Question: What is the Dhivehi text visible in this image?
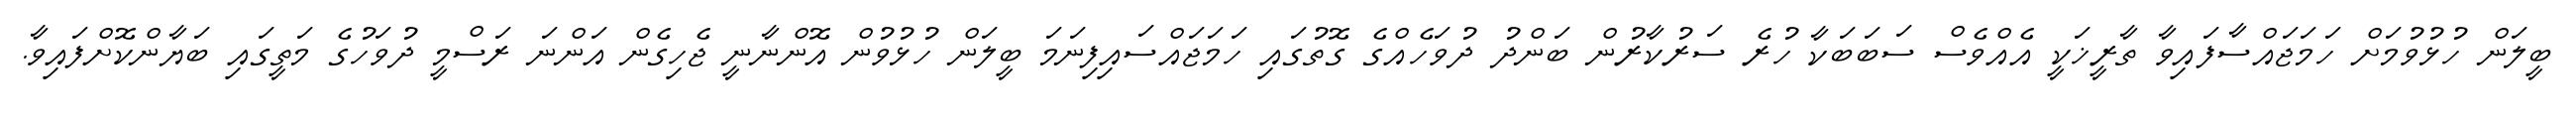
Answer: ބީލަން ހުޅުވުމަށް ހަމަޖައްސާފައިވާ ތާރީޚަކީ އެއްވެސް ސަބަބަކާ ހުރެ ސަރުކާރުން ބަންދު ދުވަހެއްގެ ގޮތުގައި ހަމަޖައްސައިފިނަމަ ބީލަން ހުޅުވުން އޮންނާނީ ޖެހިގެން އަންނަ ރަސްމީ ދުވަހުގެ މަތީގައި ބަޔާންކޮށްފައިވާ.